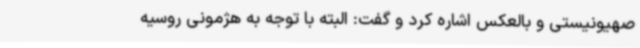
صهیونیستی و بالعکس اشاره کرد و گفت: البته با توجه به هژمونی روسیه